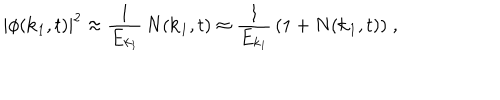
| \phi ( { \bf k } _ { 1 } , t ) | ^ { 2 } \approx \frac { 1 } { E _ { k _ { 1 } } } \, N ( { \bf k } _ { 1 } , t ) \approx \frac { 1 } { E _ { k _ { 1 } } } \, ( 1 + N ( { \bf k } _ { 1 } , t ) ) \; ,